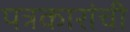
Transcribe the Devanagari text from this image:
पत्रकारांची